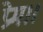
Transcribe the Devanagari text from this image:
प्रेम।।